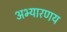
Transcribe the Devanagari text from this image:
अभ्यारणय